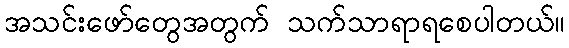
အသင်းဖော်တွေအတွက် သက်သာရာရစေပါတယ်။